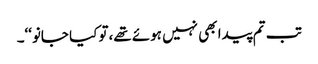
تب تم پیدا بھی نہیں ہوئے تھے،تو کیا جانو‘‘۔